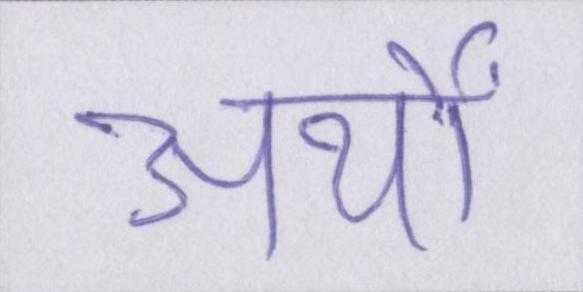
अर्थों